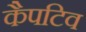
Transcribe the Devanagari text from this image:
कैपटिव